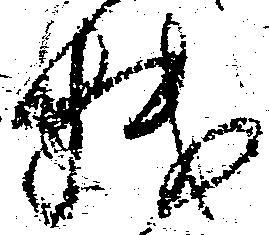
機